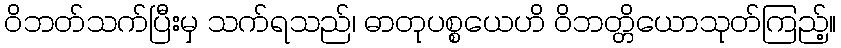
ဝိဘတ်သက်ပြီးမှ သက်ရသည်၊ ဓာတုပစ္စယေဟိ ဝိဘတ္တိယောသုတ်ကြည့်။